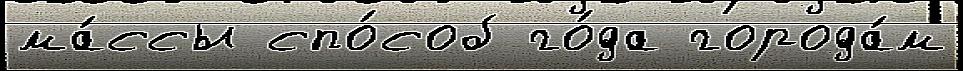
ма́ссы спо́соб го́да города́м